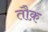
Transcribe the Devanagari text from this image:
तौक़